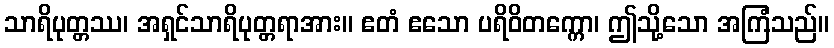
သာရိပုတ္တဿ၊ အရှင်သာရိပုတ္တရာအား။ ဧတံ ဧသော ပရိဝိတက္ကော၊ ဤသို့သော အကြံသည်။